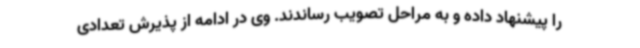
را پیشنهاد داده و به مراحل تصویب رساندند. وی در ادامه از پذیرش تعدادی